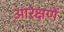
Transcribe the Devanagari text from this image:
आरक्षणें